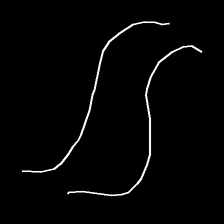
Glyph: float